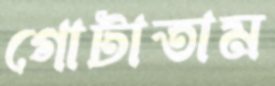
গোটাতাম